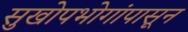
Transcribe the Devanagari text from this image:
सुखोपभोगांपासून